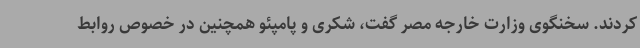
کردند. سخنگوی وزارت خارجه مصر گفت، شکری و پامپئو همچنین در خصوص روابط